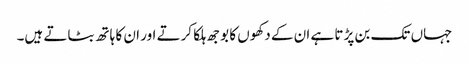
جہاں تک بن پڑتا ہے ان کے دکھوں کا بوجھ ہلکا کرتے اور ان کا ہاتھ بٹاتے ہیں۔